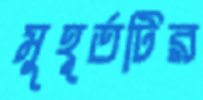
মুহূর্তটির